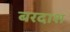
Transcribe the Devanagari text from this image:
बरदाश